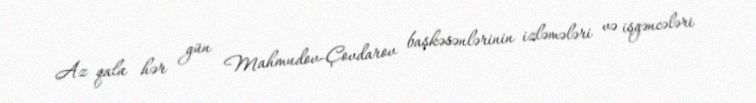
Az qala hər gün Mahmudov-Çovdarov başkəsənlərinin izləmələri və işgəncələri